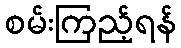
စမ်းကြည့်ရန်